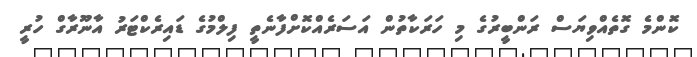
ކޮންމެ ގޮތެއްވިޔަސް ރަންބީރުގެ މި ހަރަކާތުން އަސަރެއްކޮށްފާނެތީ ފިލްމުގެ ޑައިރެކްޓަރު އާނޫރާގް ހުރީ